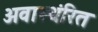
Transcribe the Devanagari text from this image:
अवास्थंरित